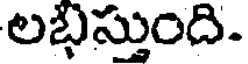
లభిస్తుంది.